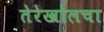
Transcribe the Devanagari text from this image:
तेरेखोलचा